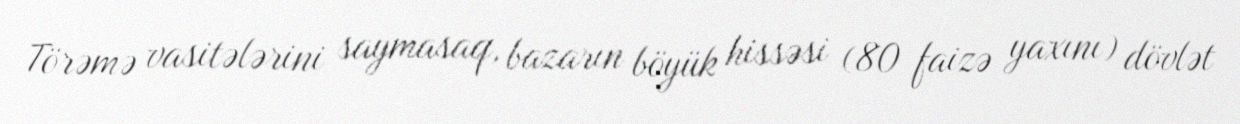
Törəmə vasitələrini saymasaq, bazarın böyük hissəsi (80 faizə yaxını) dövlət